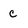
Character: c